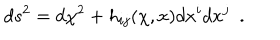
d s ^ { 2 } = d \chi ^ { 2 } + h _ { i j } ( \chi , x ) d x ^ { i } d x ^ { j } ~ ~ .